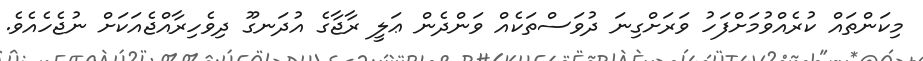
މިކަންތައް ކުރެއްވުމަށްފަހު ވަރަށްގިނަ ދުވަސްތަކެއް ވަންދެން ޢަލީ ރާޖާގެ އުދަނގޫ ދިވެހިރާއްޖެއަކަށް ނުޖެހެއެވެ.